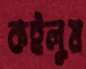
কইলুম